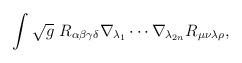
LaTeX: \begin{align*}\int \sqrt{g}~R_{\alpha \beta \gamma \delta }\nabla _{\lambda _{1}}\cdots\nabla _{\lambda _{2n}}R_{\mu \nu \lambda \rho }, \end{align*}